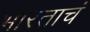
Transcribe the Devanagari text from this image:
भारताचं